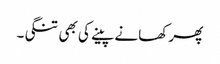
پھر کھانے پینے کی بھی تنگی۔